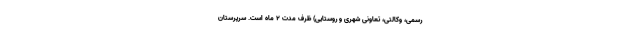
رسمی، وکالتی، تعاونی شهری و روستایی) ظرف مدت ۲ ماه است. سرپرستان